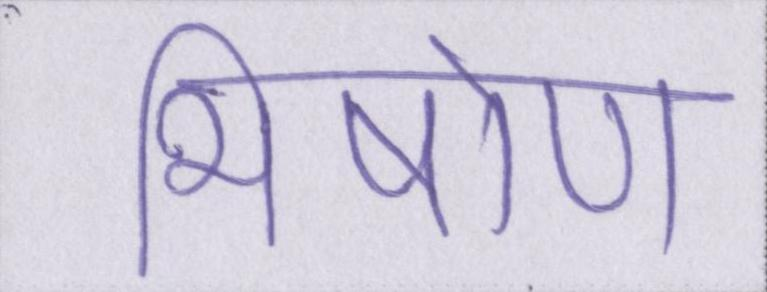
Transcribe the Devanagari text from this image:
भीषोण